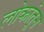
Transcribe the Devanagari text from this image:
लोकांतून